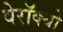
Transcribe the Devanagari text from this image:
वेरॉक्यो